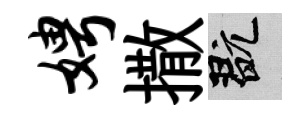
娉撒玩